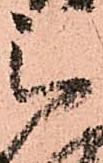
被